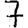
Digit: 7